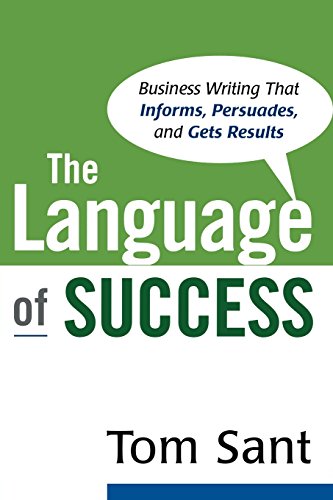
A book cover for The Language of Success; Tom Sant; Business & Money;